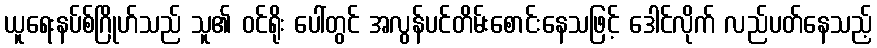
ယူရေးနပ်စ်ဂြိုဟ်သည် သူ၏ ဝင်ရိုး ပေါ်တွင် အလွန်ပင်တိမ်းစောင်းနေသဖြင့် ဒေါင်လိုက် လည်ပတ်နေသည့်